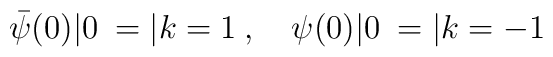
{\bar \psi}(0)|0\> = |k=1\>,\quad \psi(0)|0\> = |k=-1\>